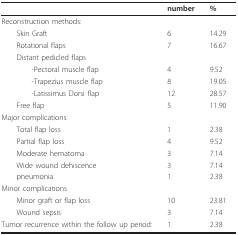
<table><thead><tr><td></td><td><b>number</b></td><td><b>%</b></td></tr></thead><tbody><tr><td>Reconstruction methods:</td><td></td><td></td></tr><tr><td> Skin Graft</td><td>6</td><td>14.29</td></tr><tr><td> Rotational flaps</td><td>7</td><td>16.67</td></tr><tr><td> Distant pedicled flaps</td><td></td><td></td></tr><tr><td>-Pectoral muscle flap</td><td>4</td><td>9.52</td></tr><tr><td>-Trapezius muscle flap</td><td>8</td><td>19.05</td></tr><tr><td>-Latissimus Dorsi flap</td><td>12</td><td>28.57</td></tr><tr><td> Free flap</td><td>5</td><td>11.90</td></tr><tr><td>Major complications:</td><td></td><td></td></tr><tr><td> Total flap loss</td><td>1</td><td>2.38</td></tr><tr><td> Partial flap loss</td><td>4</td><td>9.52</td></tr><tr><td> Moderate hematoma</td><td>3</td><td>7.14</td></tr><tr><td> Wide wound dehiscence</td><td>3</td><td>7.14</td></tr><tr><td> pneumonia</td><td>1</td><td>2.38</td></tr><tr><td>Minor complications</td><td></td><td></td></tr><tr><td> Minor graft or flap loss</td><td>10</td><td>23.81</td></tr><tr><td> Wound sepsis</td><td>3</td><td>7.14</td></tr><tr><td>Tumor recurrence within the follow up period:</td><td>1</td><td>2.38</td></tr></tbody></table>